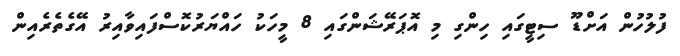
ފުލުހުން އަށްޑޫ ސިޓީގައި ހިންގި މި އޮޕަރޭޝަންގައި 8 މީހަކު ހައްޔަރުކޮސްފައިވާއިރު އޭގެތެރެއިން